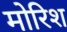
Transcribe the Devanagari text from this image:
मोरिश